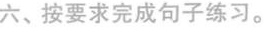
六、按要求完成句子练习。